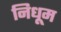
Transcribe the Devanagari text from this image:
निधूम